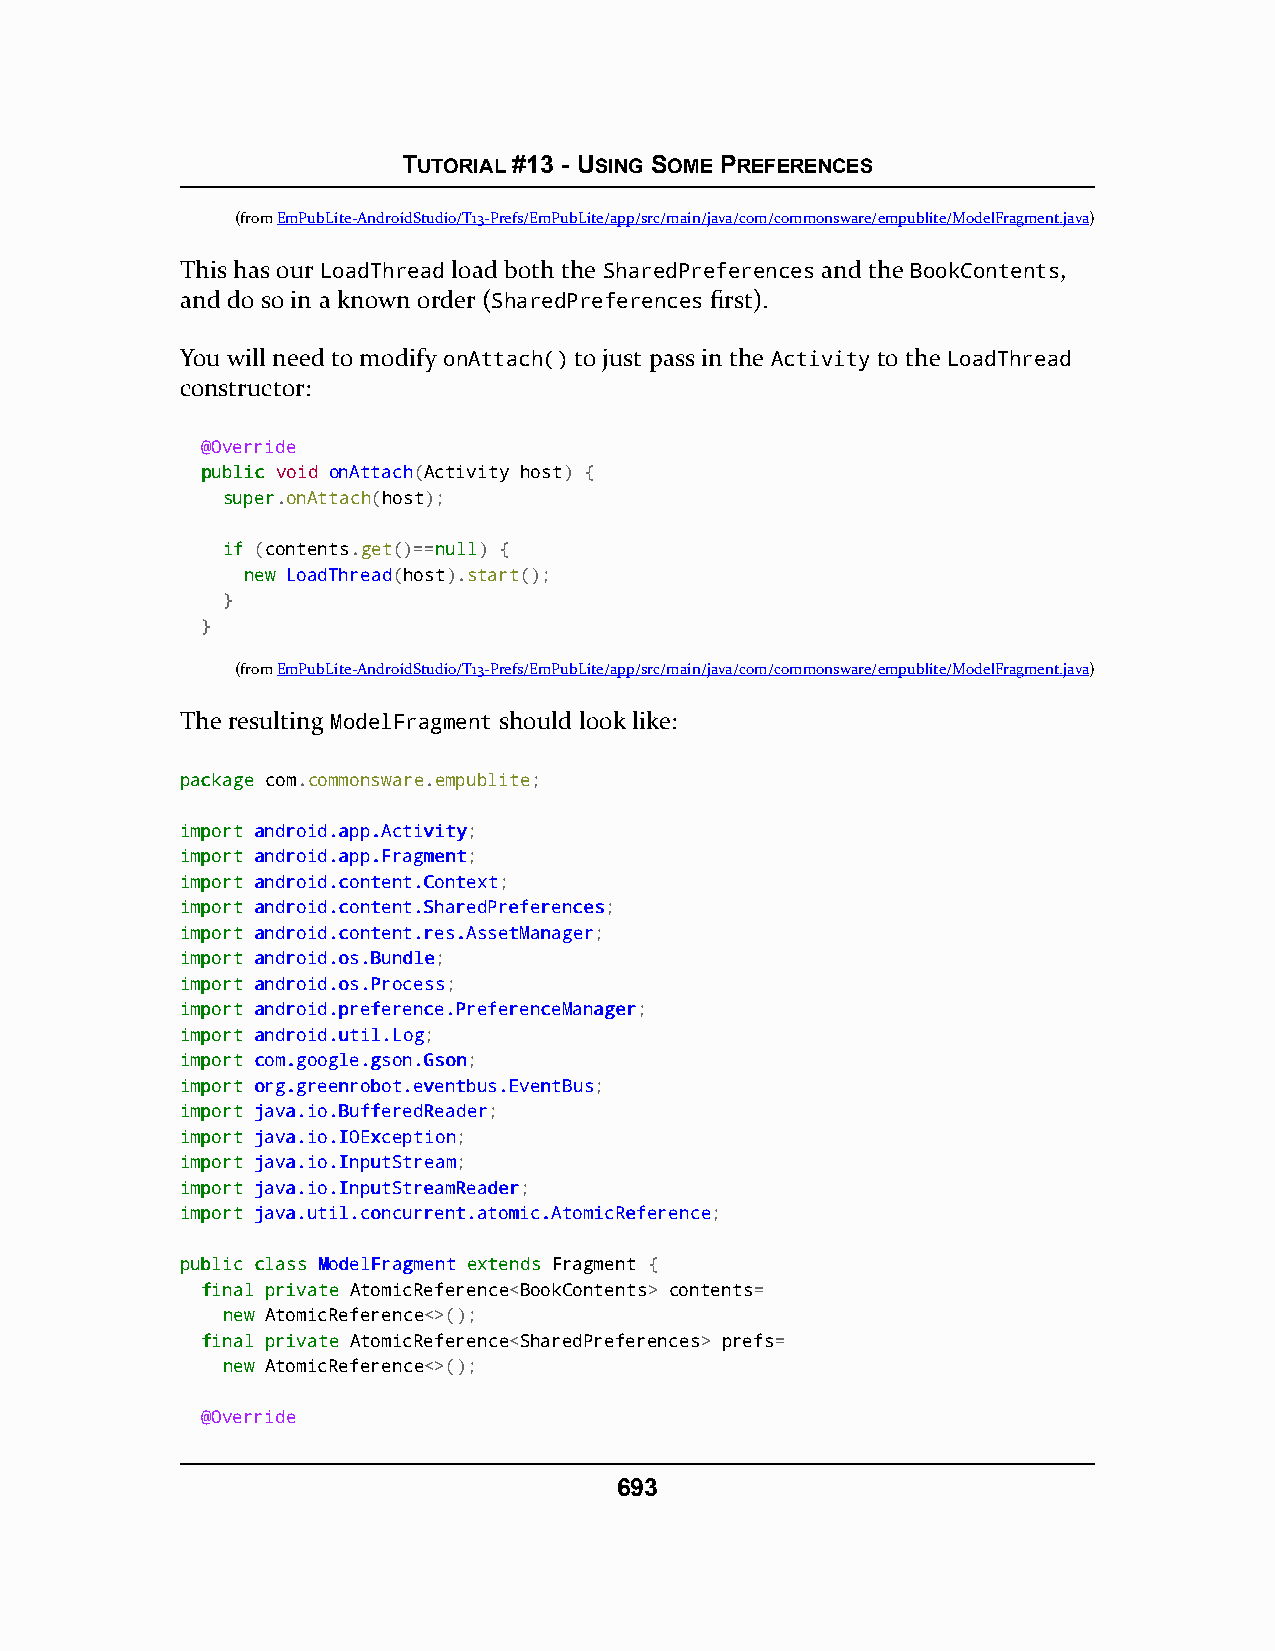
TUTORIAL #13 - USING SOME PREFERENCES
 (fromEmPubLite-AndroidStudio/T13-Prefs/EmPubLite/app/src/main/java/com/commonsware/empublite/ModelFragment.java)
 This has our LoadThread load both the SharedPreferences and the BookContents,
 and do so in a known order (SharedPreferences first).
 You will need to modify onAttach() to just pass in the Activity to the LoadThread
 constructor:
 @Override
 ppuubblliicc void onAttach(Activity host) {
 ssuuppeerr.onAttach(host);
 iiff (contents.get()==nnuullll) {
 nneeww LoadThread(host).start();
 }
 }
 (fromEmPubLite-AndroidStudio/T13-Prefs/EmPubLite/app/src/main/java/com/commonsware/empublite/ModelFragment.java)
 The resulting ModelFragment should look like:
 ppaacckkaaggee com.commonsware.empublite;
 iimmppoorrtt aannddrrooiidd..aapppp..AAccttiivviittyy;
 iimmppoorrtt aannddrrooiidd..aapppp..FFrraaggmmeenntt;
 iimmppoorrtt aannddrrooiidd..ccoonntteenntt..CCoonntteexxtt;
 iimmppoorrtt aannddrrooiidd..ccoonntteenntt..SShhaarreeddPPrreeffeerreenncceess;
 iimmppoorrtt aannddrrooiidd..ccoonntteenntt..rreess..AAsssseettMMaannaaggeerr;
 iimmppoorrtt aannddrrooiidd..ooss..BBuunnddllee;
 iimmppoorrtt aannddrrooiidd..ooss..PPrroocceessss;
 iimmppoorrtt aannddrrooiidd..pprreeffeerreennccee..PPrreeffeerreenncceeMMaannaaggeerr;
 iimmppoorrtt aannddrrooiidd..uuttiill..LLoogg;
 iimmppoorrtt ccoomm..ggooooggllee..ggssoonn..GGssoonn;
 iimmppoorrtt oorrgg..ggrreeeennrroobboott..eevveennttbbuuss..EEvveennttBBuuss;
 iimmppoorrtt jjaavvaa..iioo..BBuuffffeerreeddRReeaaddeerr;
 iimmppoorrtt jjaavvaa..iioo..IIOOEExxcceeppttiioonn;
 iimmppoorrtt jjaavvaa..iioo..IInnppuuttSSttrreeaamm;
 iimmppoorrtt jjaavvaa..iioo..IInnppuuttSSttrreeaammRReeaaddeerr;
 iimmppoorrtt jjaavvaa..uuttiill..ccoonnccuurrrreenntt..aattoommiicc..AAttoommiiccRReeffeerreennccee;
 ppuubblliicc ccllaassss MMooddeellFFrraaggmmeenntt eexxtteennddss Fragment {
 ffiinnaall pprriivvaattee AtomicReference<BookContents> contents=
 nneeww AtomicReference<>();
 ffiinnaall pprriivvaattee AtomicReference<SharedPreferences> prefs=
 nneeww AtomicReference<>();
 @Override
 693